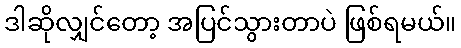
ဒါဆိုလျှင်တော့ အပြင်သွားတာပဲ ဖြစ်ရမယ်။